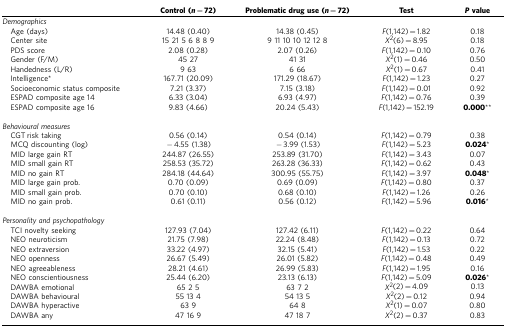
<table><thead><tr><td><b> </b></td><td><b>Control (<i>n</i>=72)</b></td><td><b>Problematic drug use (<i>n</i>=72)</b></td><td><b>Test</b></td><td><b><i>P</i>value</b></td></tr></thead><tbody><tr><td colspan="5"><i>Demographics</i></td></tr><tr><td> Age (days)</td><td>14.48 (0.40)</td><td>14.38 (0.45)</td><td><i>F</i>(1,142)=1.82</td><td>0.18</td></tr><tr><td> Center site</td><td>15 21 5 6 8 8 9</td><td>9 11 10 10 12 12 8</td><td><i>χ</i><sup>2</sup>(6)=8.95</td><td>0.18</td></tr><tr><td> PDS score</td><td>2.08 (0.28)</td><td>2.07 (0.26)</td><td><i>F</i>(1,142)=0.10</td><td>0.76</td></tr><tr><td> Gender (F/M)</td><td>45 27</td><td>41 31</td><td><i>χ</i><sup>2</sup>(1)=0.46</td><td>0.50</td></tr><tr><td> Handedness (L/R)</td><td>9 63</td><td>6 66</td><td><i>χ</i><sup>2</sup>(1)=0.67</td><td>0.41</td></tr><tr><td> Intelligence*</td><td>167.71 (20.09)</td><td>171.29 (18.67)</td><td><i>F</i>(1,142)=1.23</td><td>0.27</td></tr><tr><td> Socioeconomic status composite</td><td>7.21 (3.37)</td><td>7.15 (3.18)</td><td><i>F</i>(1,142)=0.01</td><td>0.92</td></tr><tr><td> ESPAD composite age 14</td><td>6.33 (3.04)</td><td>6.93 (4.97)</td><td><i>F</i>(1,142)=0.76</td><td>0.39</td></tr><tr><td> ESPAD composite age 16</td><td>9.83 (4.66)</td><td>20.24 (5.43)</td><td><i>F</i>(1,142)=152.19</td><td><b>0.000</b>**</td></tr><tr><td> </td><td> </td><td> </td><td> </td><td> </td></tr><tr><td colspan="5"><i>Behavioural measures</i></td></tr><tr><td> CGT risk taking</td><td>0.56 (0.14)</td><td>0.54 (0.14)</td><td><i>F</i>(1,142)=0.79</td><td>0.38</td></tr><tr><td> MCQ discounting (log)</td><td>−4.55 (1.38)</td><td>−3.99 (1.53)</td><td><i>F</i>(1,142)=5.23</td><td><b>0.024</b>*</td></tr><tr><td> MID large gain RT</td><td>244.87 (26.55)</td><td>253.89 (31.70)</td><td><i>F</i>(1,142)=3.43</td><td>0.07</td></tr><tr><td> MID small gain RT</td><td>258.53 (35.72)</td><td>263.28 (36.33)</td><td><i>F</i>(1,142)=0.62</td><td>0.43</td></tr><tr><td> MID no gain RT</td><td>284.18 (44.64)</td><td>300.95 (55.75)</td><td><i>F</i>(1,142)=3.97</td><td><b>0.048</b>*</td></tr><tr><td> MID large gain prob.</td><td>0.70 (0.09)</td><td>0.69 (0.09)</td><td><i>F</i>(1,142)=0.80</td><td>0.37</td></tr><tr><td> MID small gain prob.</td><td>0.70 (0.10)</td><td>0.68 (0.10)</td><td><i>F</i>(1,142)=1.26</td><td>0.26</td></tr><tr><td> MID no gain prob.</td><td>0.61 (0.11)</td><td>0.56 (0.12)</td><td><i>F</i>(1,142)=5.96</td><td><b>0.016</b>*</td></tr><tr><td> </td><td> </td><td> </td><td> </td><td> </td></tr><tr><td colspan="5"><i>Personality and psychopathology</i></td></tr><tr><td> TCI novelty seeking</td><td>127.93 (7.04)</td><td>127.42 (6.11)</td><td><i>F</i>(1,142)=0.22</td><td>0.64</td></tr><tr><td> NEO neuroticism</td><td>21.75 (7.98)</td><td>22.24 (8.48)</td><td><i>F</i>(1,142)=0.13</td><td>0.72</td></tr><tr><td> NEO extraversion</td><td>33.22 (4.97)</td><td>32.15 (5.41)</td><td><i>F</i>(1,142)=1.53</td><td>0.22</td></tr><tr><td> NEO openness</td><td>26.67 (5.49)</td><td>26.01 (5.82)</td><td><i>F</i>(1,142)=0.48</td><td>0.49</td></tr><tr><td> NEO agreeableness</td><td>28.21 (4.61)</td><td>26.99 (5.83)</td><td><i>F</i>(1,142)=1.95</td><td>0.16</td></tr><tr><td> NEO conscientiousness</td><td>25.44 (6.20)</td><td>23.13 (6.13)</td><td><i>F</i>(1,142)=5.09</td><td><b>0.026</b>*</td></tr><tr><td> DAWBA emotional</td><td>65 2 5</td><td>63 7 2</td><td><i>χ</i><sup>2</sup>(2)=4.09</td><td>0.13</td></tr><tr><td> DAWBA behavioural</td><td>55 13 4</td><td>54 13 5</td><td><i>χ</i><sup>2</sup>(2)=0.12</td><td>0.94</td></tr><tr><td> DAWBA hyperactive</td><td>63 9</td><td>64 8</td><td><i>χ</i><sup>2</sup>(1)=0.07</td><td>0.80</td></tr><tr><td> DAWBA any</td><td>47 16 9</td><td>47 18 7</td><td><i>χ</i><sup>2</sup>(2)=0.37</td><td>0.83</td></tr></tbody></table>